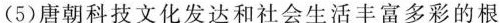
(5)唐朝科技文化发达和社会生活丰富多彩的根